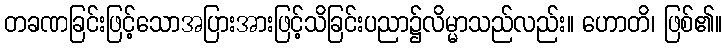
တခဏခြင်းဖြင့်သောအပြားအားဖြင့်သိခြင်းပညာ၌လိမ္မာသည်လည်း။ ဟောတိ၊ ဖြစ်၏။